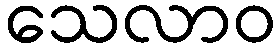
သေလာဝ